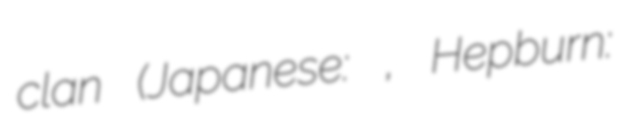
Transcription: clan (Japanese: 長宗我部氏, Hepburn: